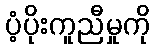
ပံ့ပိုးကူညီမှုကို